Lunatic asylums Madras 1892-1911 - 1892-1911
Year: 1892
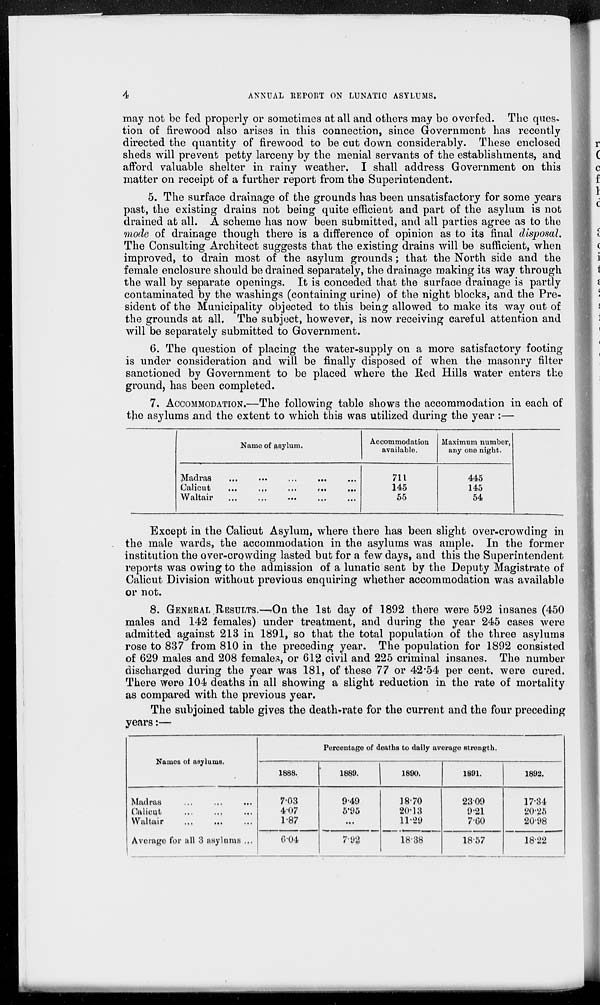
4
ANNUAL REPORT ON LUNATIC ASYLUMS.
may not be fed properly or sometimes at all and others may be overfed. The ques-
tion of firewood also arises in this connection, since Government has recently
directed the quantity of firewood to be cut down considerably. These enclosed
sheds will prevent petty larceny by the menial servants of the establishments, and
afford valuable shelter in rainy weather. I shall address Government on this
matter on receipt of a further report from the Superintendent.
5. The surface drainage of the grounds has been unsatisfactory for some years
past, the existing drains not being quite efficient and part of the asylum is not
drained at all. A scheme has now been submitted, and all parties agree as to the
mode of drainage though there is a difference of opinion as to its final disposal.
The Consulting Architect suggests that the existing drains will be sufficient, when
improved, to drain most of the asylum grounds; that the North side and the
female enclosure should be drained separately, the drainage making its way through
the wall by separate openings. It is conceded that the surface drainage is partly
contaminated by the washings (containing urine) of the night blocks, and the Pre-
sident of the Municipality objected to this being allowed to make its way out of
the grounds at all, The subject, however, is now receiving careful attention and
will be separately submitted to Government.
6. The question of placing the water-supply on a more satisfactory footing
is under consideration and will be finally disposed of when the masonry filter
sanctioned by Government to be placed where the Red Hills water enters the
ground, has been completed.
7. ACCOMMODATION.—The following table shows the accommodation in each of
the asylums and the extent to which this was utilized during the year :—
Name of asylum.
Madras ... ... ... ... ...
Calicut
...
...
...
...
...
Waltair ... ... ... ... ...
Accommodation
available.
711
145
55
Maximum number,
any one night.
445
145
54
Except in the Calicut Asylum, where there has been slight over-crowding in
the male wards, the accommodation in the asylums was ample. In the former
institution the over-crowding lasted but for a few days, and this the Superintendent
reports was owing to the admission of a lunatic sent by the Deputy Magistrate of
Calicut Division without previous enquiring whether accommodation was available
or not.
8. GENERAL RESULTS.—On the 1st day of 1892 there were 592 insanes (450
males and 142 females) under treatment, and during the year 245 cases were
admitted against 213 in 1891, so that the total population of the three asylums
rose to 837 from 810 in the preceding year. The population for 1892 consisted
of 629 males and 208 females, or 612 civil and 225 criminal insanes. The number
discharged during the year was 181, of these 77 or 42.54 per cent. were cured.
There were 104 deaths in all showing a slight reduction in the rate of mortality
as compared with the previous year.
The subjoined table gives the death-rate for the current and the four preceding
years:—
Names of asylums.
Madras ... ... ...
Calicut ... ... ...
Waltair ... ... ...
Average for all 3 asylums ...
Percentage of deaths to daily average strength.
1888.
7.03
4.07
1.87
6.04
1889.
9.49
5.95
...
7.92
1890.
18.70
20.13
11.29
18.38
1891.
23.09
9.21
7.60
18.57
1892.
17.34
20.25
20.98
18.22